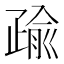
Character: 𭼄